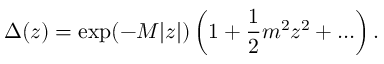
\Delta ( z ) = \exp ( - M | z | ) \left( 1 + { \frac { 1 } { 2 } } m ^ { 2 } z ^ { 2 } + \ldots \right) .